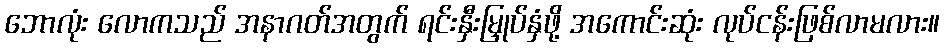
ဘောလုံး လောကသည် အနာဂတ်အတွက် ရင်းနှီးမြှုပ်နှံဖို့ အကောင်းဆုံး လုပ်ငန်းဖြစ်လာမလား။